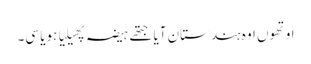
اوتھوں اوہ ہندستان آیا جتھے ہیضہ پھیلیا ہویا سی۔